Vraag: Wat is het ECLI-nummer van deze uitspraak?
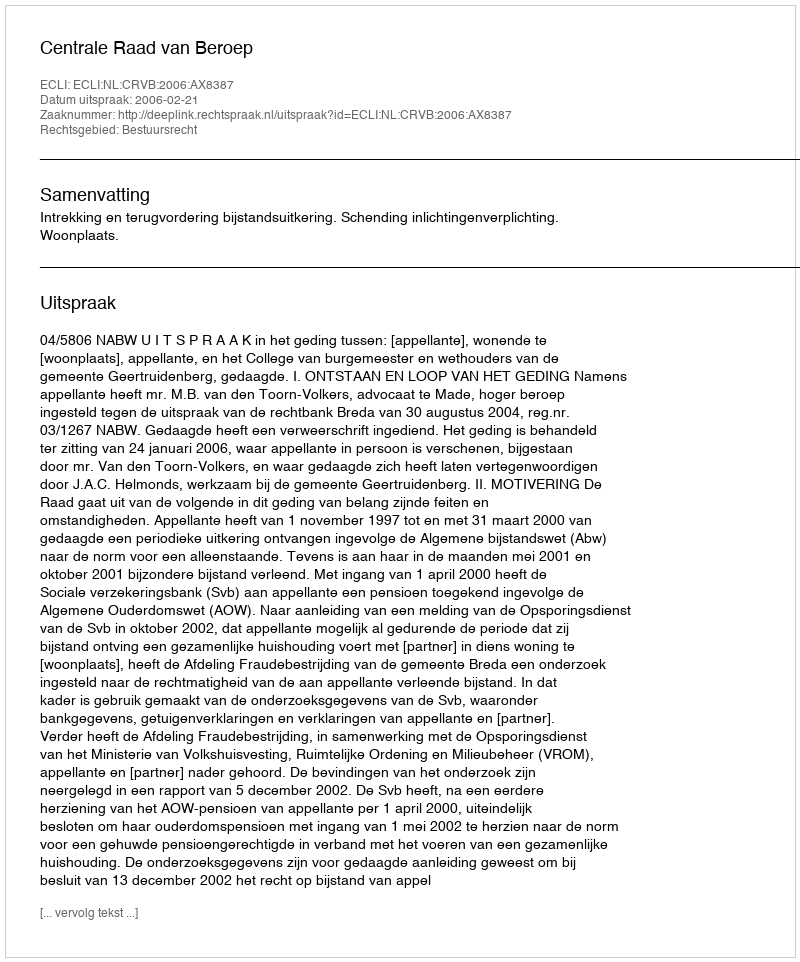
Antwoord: ECLI:NL:CRVB:2006:AX8387